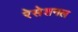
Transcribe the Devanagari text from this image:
रेसेशनल